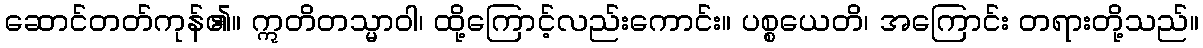
ဆောင်တတ်ကုန်၏။ ဣတိတသ္မာဝါ၊ ထို့ကြောင့်လည်းကောင်း။ ပစ္စယေတိ၊ အကြောင်း တရားတို့သည်။